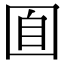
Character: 𡇝